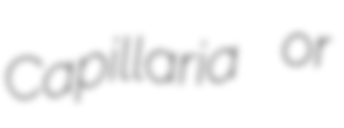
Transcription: Capillaria or